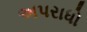
અપરાધો